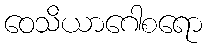
ဝေသိယာဂေါစရော